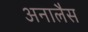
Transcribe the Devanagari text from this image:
अनालैस